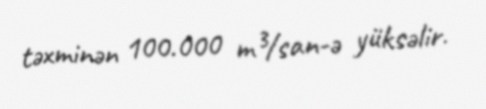
təxminən 100.000 m³/san-ə yüksəlir.